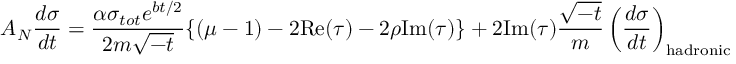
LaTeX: A _ { N } \frac { d \sigma } { d t } = \frac { \alpha \sigma _ { t o t } e ^ { b t / 2 } } { 2 m \sqrt { - t } } \{ ( \mu - 1 ) - 2 \mathrm { R e } ( \tau ) - 2 \rho \mathrm { I m } ( \tau ) \} + 2 \mathrm { I m } ( \tau ) \frac { \sqrt { - t } } { m } \left( \frac { d \sigma } { d t } \right) _ { \mathrm { h a d r o n i c } }